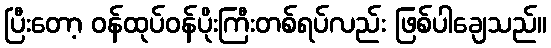
ပြီးတော့ ဝန်ထုပ်ဝန်ပိုးကြီးတစ်ရပ်လည်း ဖြစ်ပါချေသည်။